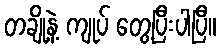
တချို့နဲ့ ကျုပ် တွေ့ပြီးပါပြီ။